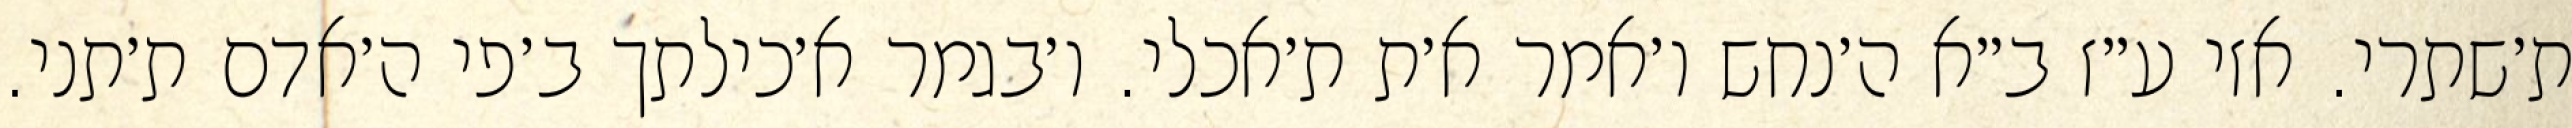
ת׳שתרי. אזי ע״ז ב״א ה׳נחש ו׳אמר א׳ת ת׳אכלי. ו׳בגמר א׳כילתך ב׳פי ה׳אדם ת׳תני.